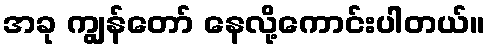
အခု ကျွန်တော် နေလို့ကောင်းပါတယ်။